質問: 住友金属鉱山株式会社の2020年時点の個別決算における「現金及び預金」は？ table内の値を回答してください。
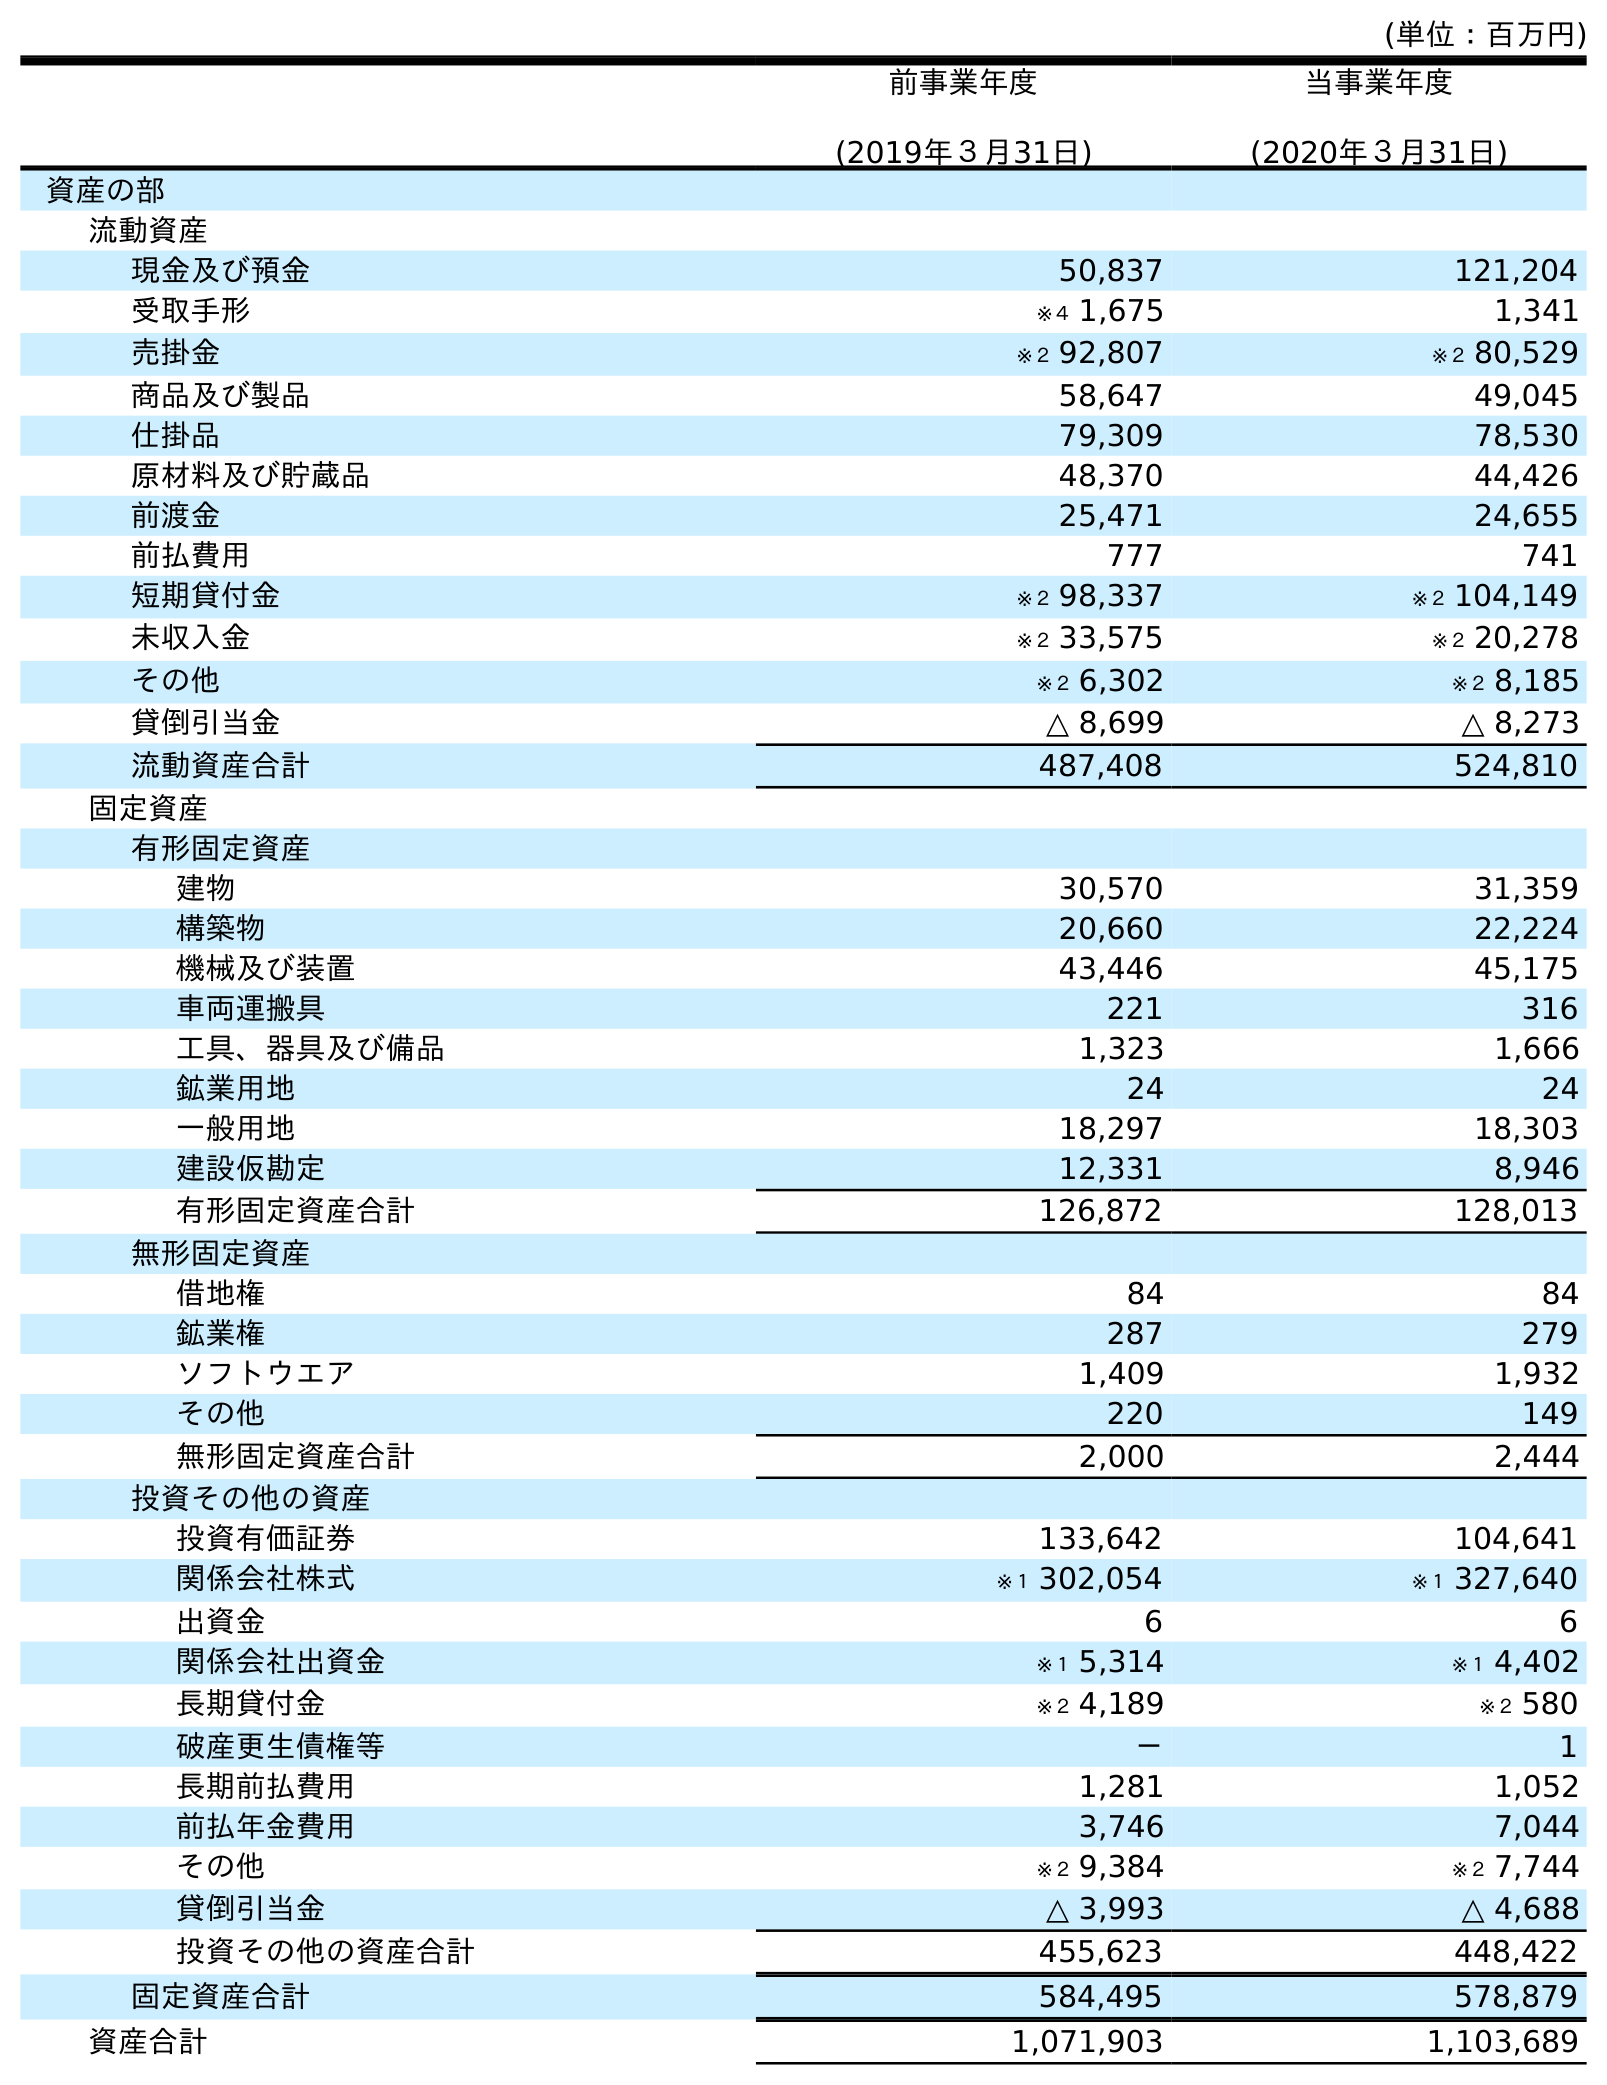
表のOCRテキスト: (単位：百万円) 前事業年度 (2019年３月31日) 当事業年度 (2020年３月31日) 資産の部 流動資産 現金及び預金 50,837 121,204 受取手形 ※４ 1,675 1,341 売掛金 ※２ 92,807 ※２ 80,529 商品及び製品 58,647 49,045 仕掛品 79,309 78,530 原材料及び貯蔵品 48,370 44,426 前渡金 25,471 24,655 前払費用 777 741 短期貸付金 ※２ 98,337 ※２ 104,149 未収入金 ※２ 33,575 ※２ 20,278 その他 ※２ 6,302 ※２ 8,185 貸倒引当金 △ 8,699 △ 8,273 流動資産合計 487,408 524,810 固定資産 有形固定資産 建物 30,570 31,359 構築物 20,660 22,224 機械及び装置 43,446 45,175 車両運搬具 221 316 工具、器具及び備品 1,323 1,666 鉱業用地 24 24 一般用地 18,297 18,303 建設仮勘定 12,331 8,946 有形固定資産合計 126,872 128,013 無形固定資産 借地権 84 84 鉱業権 287 279 ソフトウエア 1,409 1,932 その他 220 149 無形固定資産合計 2,000 2,444 投資その他の資産 投資有価証券 133,642 104,641 関係会社株式 ※１ 302,054 ※１ 327,640 出資金 6 6 関係会社出資金 ※１ 5,314 ※１ 4,402 長期貸付金 ※２ 4,189 ※２ 580 破産更生債権等 － 1 長期前払費用 1,281 1,052 前払年金費用 3,746 7,044 その他 ※２ 9,384 ※２ 7,744 貸倒引当金 △ 3,993 △ 4,688 投資その他の資産合計 455,623 448,422 固定資産合計 584,495 578,879 資産合計 1,071,903 1,103,689
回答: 121,204